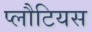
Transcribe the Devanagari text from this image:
प्लौटियस